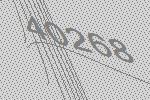
40268